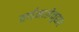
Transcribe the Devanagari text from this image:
वर्णमालेनुसार